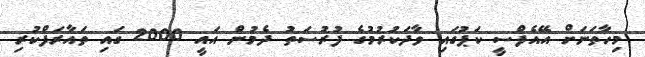
މިހާތަނަށް އޭއެފްސީ ކަޕުގައި ވާދަކުރުމުގެ ފުރުސަތު ދެމުން އައީ 2000 ގައި ތައާރަފްކުރި